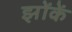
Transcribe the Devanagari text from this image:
झोंकें